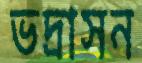
ভদ্রাসন